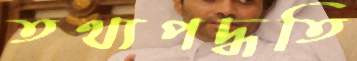
তথ্যপদ্ধতি